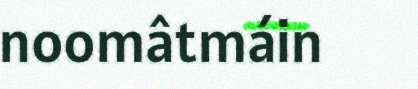
noomâtmáin